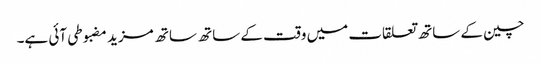
چین کے ساتھ تعلقات میں وقت کے ساتھ ساتھ مزید مضبوطی آئی ہے۔